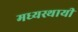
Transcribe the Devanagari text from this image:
मध्यस्थायी